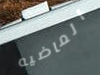
الماضيه